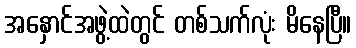
အနှောင်အဖွဲ့ထဲတွင် တစ်သက်လုံး မိနေပြီ။